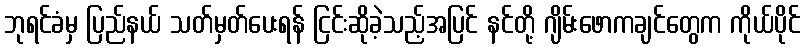
ဘုရင်ခံမှ ပြည်နယ် သတ်မှတ်ပေးရန် ငြင်းဆိုခဲ့သည့်အပြင် နင်တို့ ဂျိမ်းဖောကချင်တွေက ကိုယ်ပိုင်